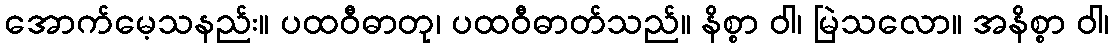
အောက်မေ့သနည်း။ ပထဝီဓာတု၊ ပထဝီဓာတ်သည်။ နိစ္စာ ဝါ၊ မြဲသလော။ အနိစ္စာ ဝါ၊